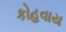
કોહવાય